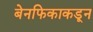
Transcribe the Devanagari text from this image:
बेनफिकाकडून